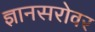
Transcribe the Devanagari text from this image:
ज्ञानसरोवर